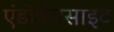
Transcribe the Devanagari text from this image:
एंडोपैरासाइट